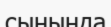
сынында